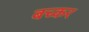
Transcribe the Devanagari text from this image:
बच्कर